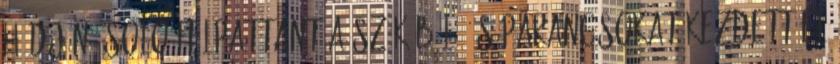
hídján. Solo felpattant a székéből, és parancsokat kezdett el